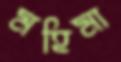
মহিমা